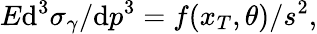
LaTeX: E\mathrm{d}^{3}\sigma_{\gamma}/\mathrm{d}p^{3}=f(x_{T},\theta)/s^{2},